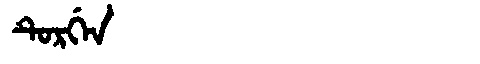
Manchu: ᡨᡠᡵᡤᡝᠨ
Romanization: TURGEN